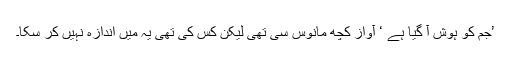
’جم کو ہوش آ گیا ہے ‘ آواز کچھ مانوس سی تھی لیکن کس کی تھی یہ میں اندازہ نہیں کر سکا۔